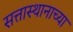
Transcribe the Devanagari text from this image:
सत्तास्थानाच्या